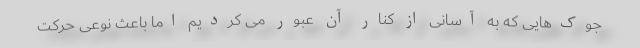
جوک‌هایی که به آسانی از کنار آن عبور می کردیم اما باعث نوعی حرکت